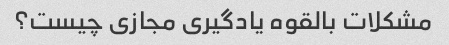
مشکلات بالقوه یادگیری مجازی چیست؟